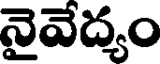
నైవేద్యం